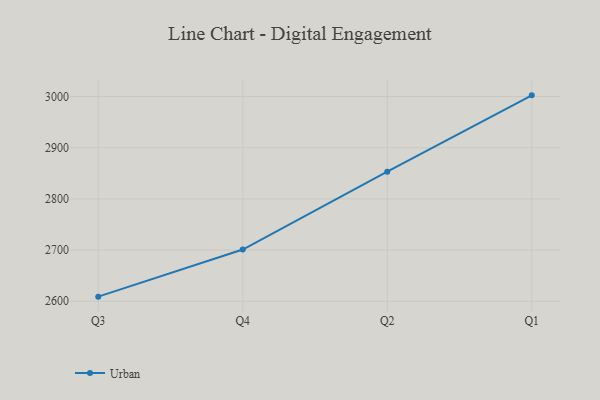
{"axis": {"x": "Quarter", "y": "Gross Profit (USD K)"}, "legend": ["Urban"], "data": [{"x": "Q3", "y": 2609.0, "type": "Urban"}, {"x": "Q4", "y": 2701.0, "type": "Urban"}, {"x": "Q2", "y": 2853.1, "type": "Urban"}, {"x": "Q1", "y": 3002.3, "type": "Urban"}]}